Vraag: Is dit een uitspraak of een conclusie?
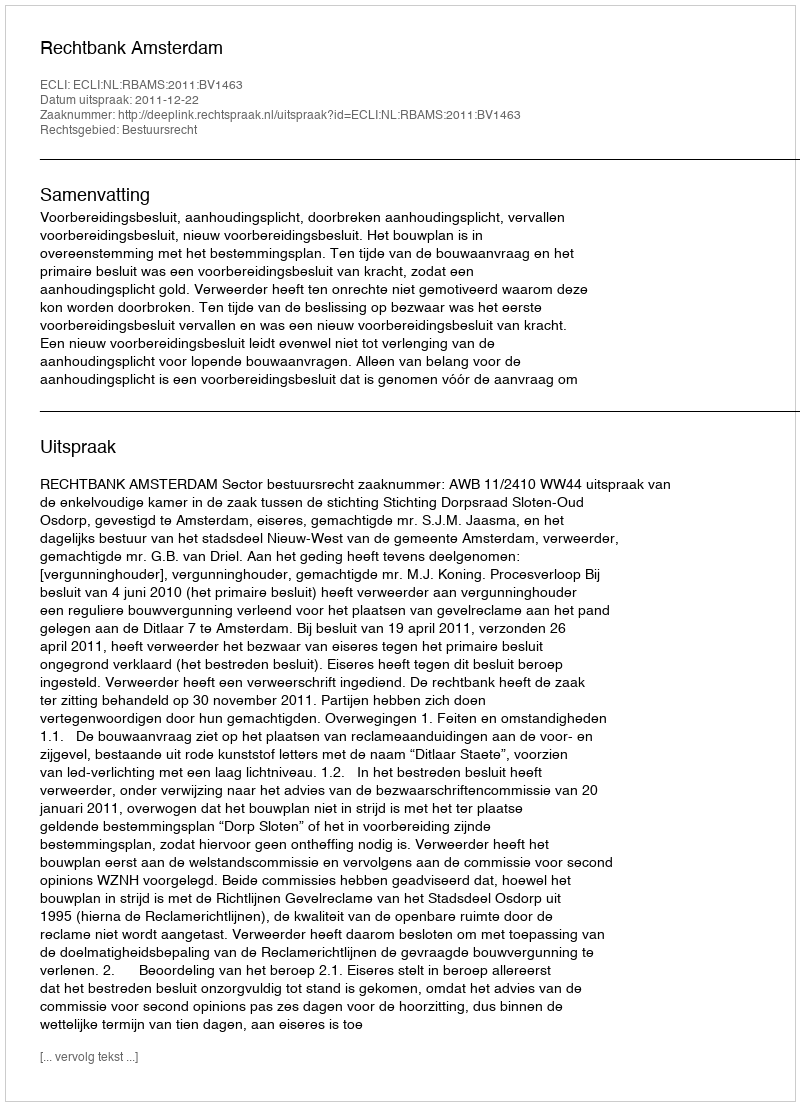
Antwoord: Uitspraak